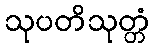
သုပတိသုတ္တံ